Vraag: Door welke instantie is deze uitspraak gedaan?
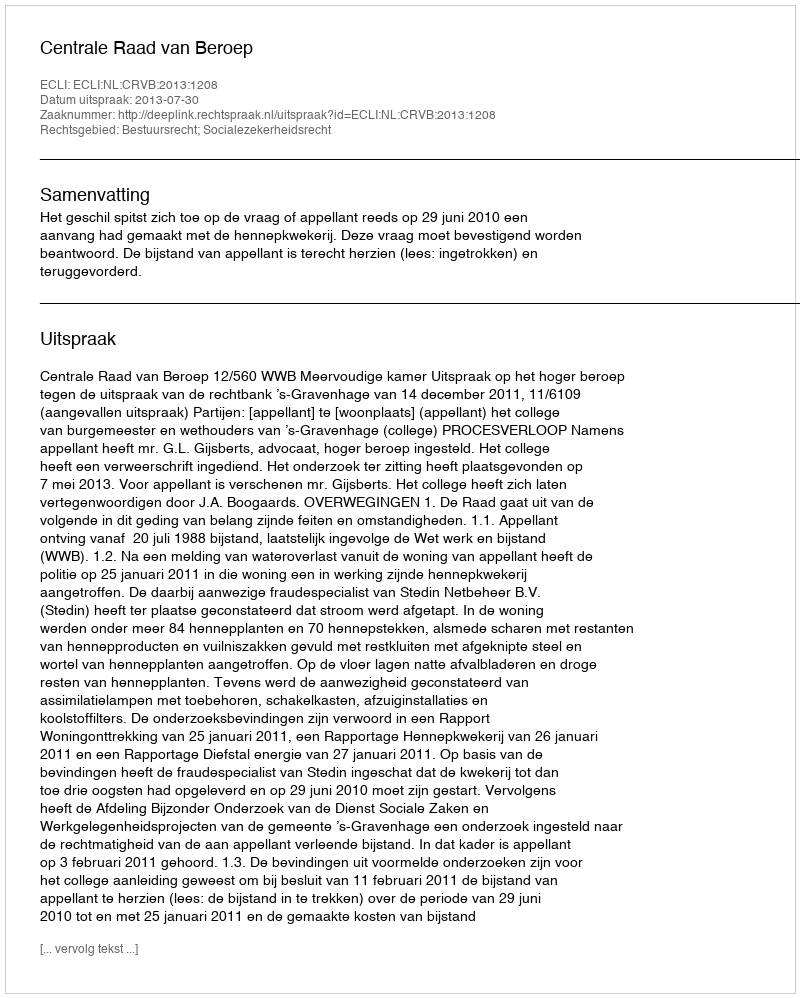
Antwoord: Centrale Raad van Beroep